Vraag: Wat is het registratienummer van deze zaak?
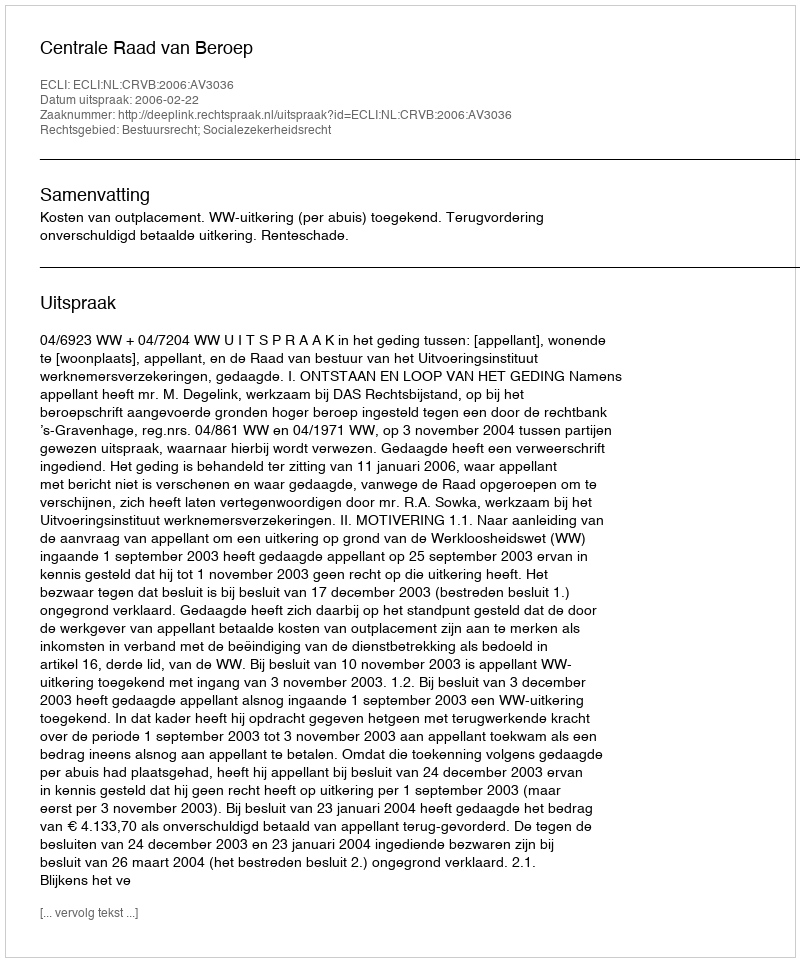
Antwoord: http://deeplink.rechtspraak.nl/uitspraak?id=ECLI:NL:CRVB:2006:AV3036